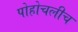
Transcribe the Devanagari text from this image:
पोहोचलीच